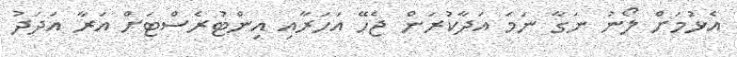
އެޅުމަށް ލޯނު ނަގާ ނަމަ އަދާކުރަން ޖެހޭ އަހަރާއި އިންޓުރެސްޓަށް އަރާ އަދަދު